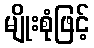
မျိုးစုံဖြင့်